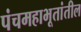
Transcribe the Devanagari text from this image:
पंचमहाभूतांतील